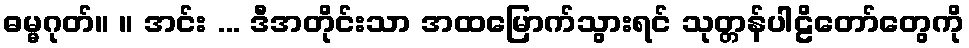
ဓမ္မဂုတ်။ ။ အင်း ... ဒီအတိုင်းသာ အထမြောက်သွားရင် သုတ္တန်ပါဠိတော်တွေကို